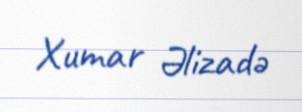
Xumar Əlizadə